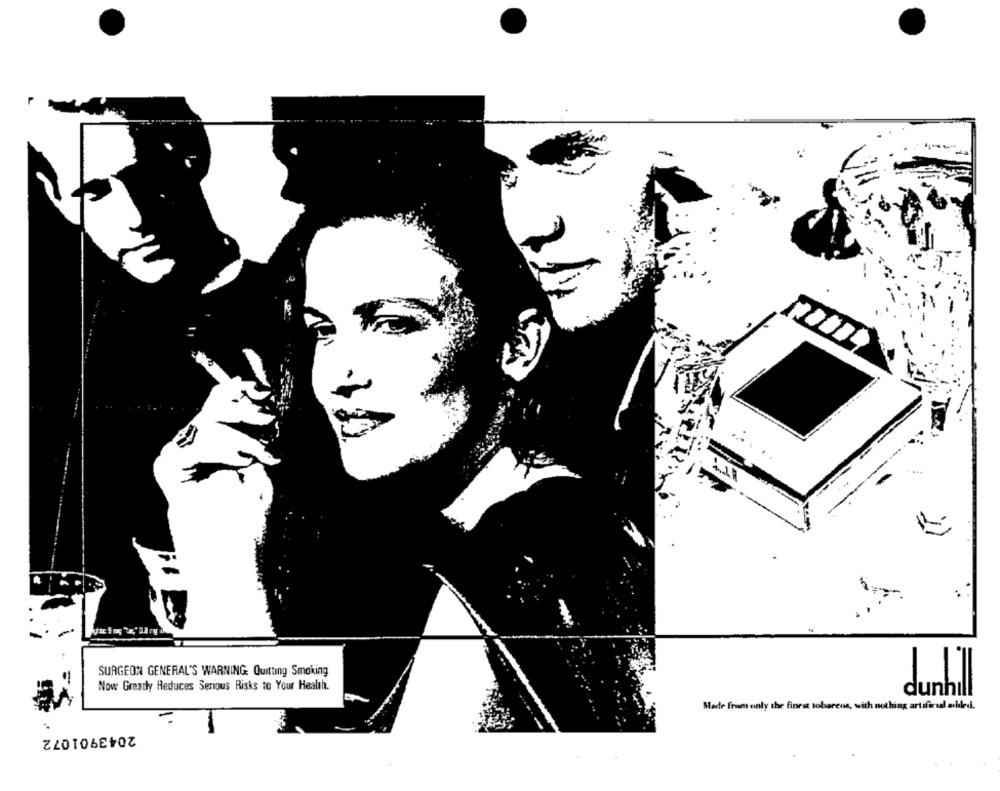
-
::
SURGEON GENERAL'S WARNING: Quitting Smoking
Now Greatly Reduces Serious Risks to Your Health.
dunhill
Made from only the finest tobarens, with nothing artificial achiled.
2043901072